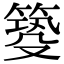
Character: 𥰺